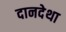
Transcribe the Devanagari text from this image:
दानदेथा